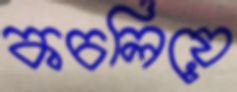
কচলিয়ে